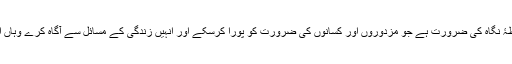
اور آسان سلیس زبان میں لکھنے کی ضرورت ہے اور اس نقطۂ نگاہ کی ضرورت ہے جو مزدوروں اور کسانوں کی ضرورت کو پورا کرسکے اور انہیں زندگی کے مسائل سے آگاہ کرے وہاں ان کے لئے ایک صحت مند نشاط کا سامان بھی مہیا کرسکے۔